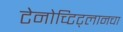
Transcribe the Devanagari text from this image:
टेनोच्टिट्लानचा